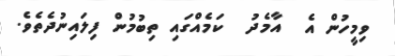
ވިމީހުން އެ  އާމެދު  ކަމެއްގައި ތިބުމުން ފިލައިނުދެތެވެ.